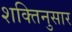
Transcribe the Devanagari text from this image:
शक्तिनुसार